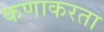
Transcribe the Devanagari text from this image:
कणाकरता